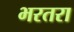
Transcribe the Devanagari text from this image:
भरतरा